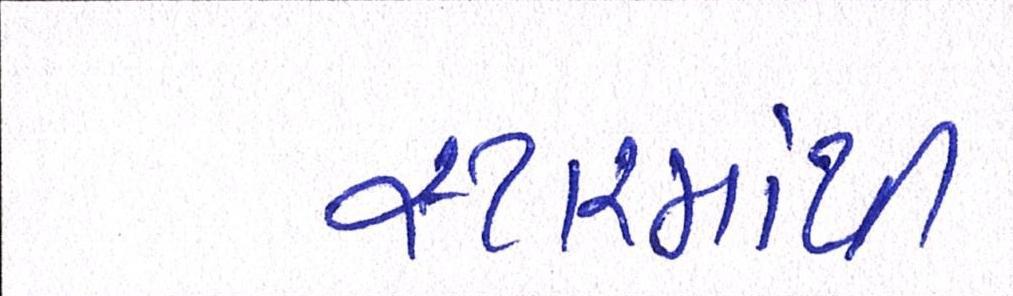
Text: સ્ટારમાંથી